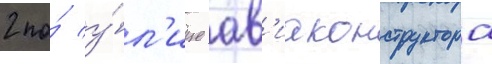
2 по́ у́л'ице ав'иаконструктора